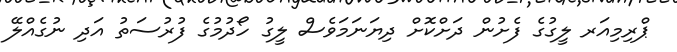
ޕްރިމިއަރ ލީގުގެ ފެށުން ދަށްކޮށް ދިޔަނަމަވެސް ލީގު ހޯދުމުގެ ފުރުސަތު އަދި ނުގެއްލޭ